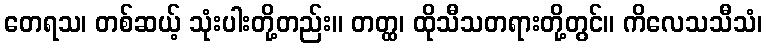
တေရသ၊ တစ်ဆယ့် သုံးပါးတို့တည်း။ တတ္ထ၊ ထိုသီသတရားတို့တွင်။ ကိလေသသီသံ၊